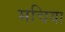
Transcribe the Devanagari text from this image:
मचिया